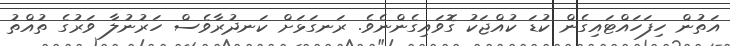
އަތުން ހިފަހައްޓައިގެން ކުޑަ ކުއްޖަކު ގޮވައިގެންނެވެ. ރަނގަޅަށް ކަނދުރާވެސް ހަރުނުލާ ވަރުގެ ތުއްތު